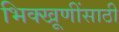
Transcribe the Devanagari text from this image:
भिक्खूणींसाठी